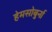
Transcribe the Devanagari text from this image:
हेमसोबुर्ना